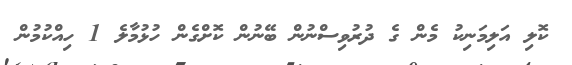
ކޮލި އަލިމަނިކު މެން ގެ ދުރުވިސްނުން ބޭނުން ކޮށްގެން ހުޅުމާލެ 1 ހިއްކުމުން